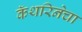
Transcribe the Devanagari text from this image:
कॅथरिनेचा